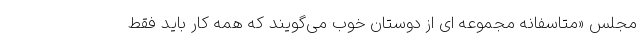
مجلس «متاسفانه مجموعه ای از دوستان خوب می‌گویند که همه کار باید فقط